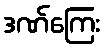
ဒဏ်ကြေး